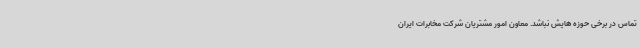
تماس در برخی حوزه هایش نباشد. معاون امور مشتریان شرکت مخابرات ایران